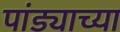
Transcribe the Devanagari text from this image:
पांड्याच्या